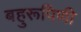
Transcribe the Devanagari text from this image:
बहुरूपिणी